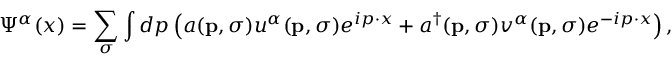
\Psi ^ { \alpha } ( x ) = \sum _ { \sigma } \int d p \left( a ( \mathbf { p } , \sigma ) u ^ { \alpha } ( \mathbf { p } , \sigma ) e ^ { i p \cdot x } + a ^ { \dagger } ( \mathbf { p } , \sigma ) v ^ { \alpha } ( \mathbf { p } , \sigma ) e ^ { - i p \cdot x } \right) ,